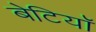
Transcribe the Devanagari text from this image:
बेटियाॅ